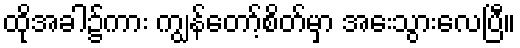
ထိုအခါ၌ကား ကျွန်တော့်စိတ်မှာ အေးသွားလေပြီ။